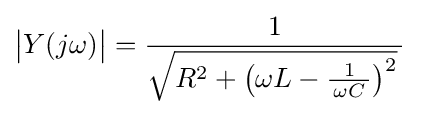
{\big |}Y(j\omega ){\big |}={\frac {1}{{\sqrt {R^{2}+\left(\omega L-{\frac {1}{\,\omega C\,}}\right)^{2}}}\,}}\;